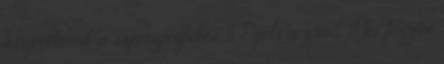
közvetlenül a szennyeződés. 11. Égeti a zsírt Aki fogyni